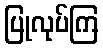
ပြုလုပ်ကြ